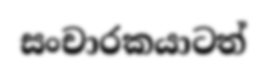
සංචාරකයාටත්